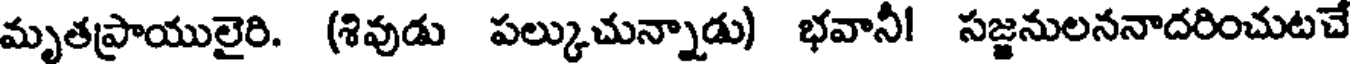
మృతప్రాయులైరి. (శివుడు పల్కుచున్నాడు) భవానీ! సజ్జనులననాదరించుటచే